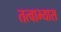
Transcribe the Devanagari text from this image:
तत्वाभ्यास